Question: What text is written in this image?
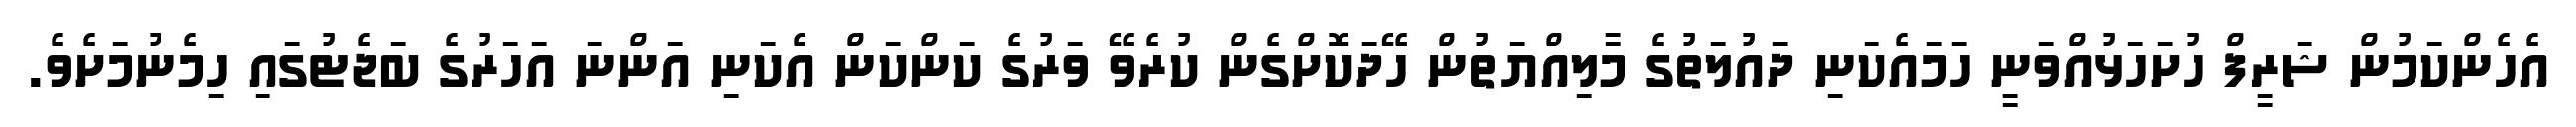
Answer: އެހެންކަމުން ޝަރީފް ހުށަހަޅުއްވަނީ ހަމައެކަނި ދައުލަތުގެ މާލިއްޔަތުން ހޭދަކޮށްގެން ކުރެވޭ ވަރުގެ ކަންކަން އެކަނި އަންނަ އަހަރުގެ ބަޖެޓުގައި ހިމެނުމަށެވެ.